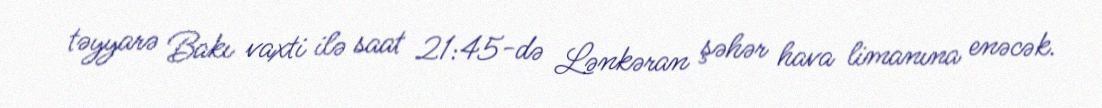
təyyarə Bakı vaxti ilə saat 21:45-də Lənkəran şəhər hava limanına enəcək.